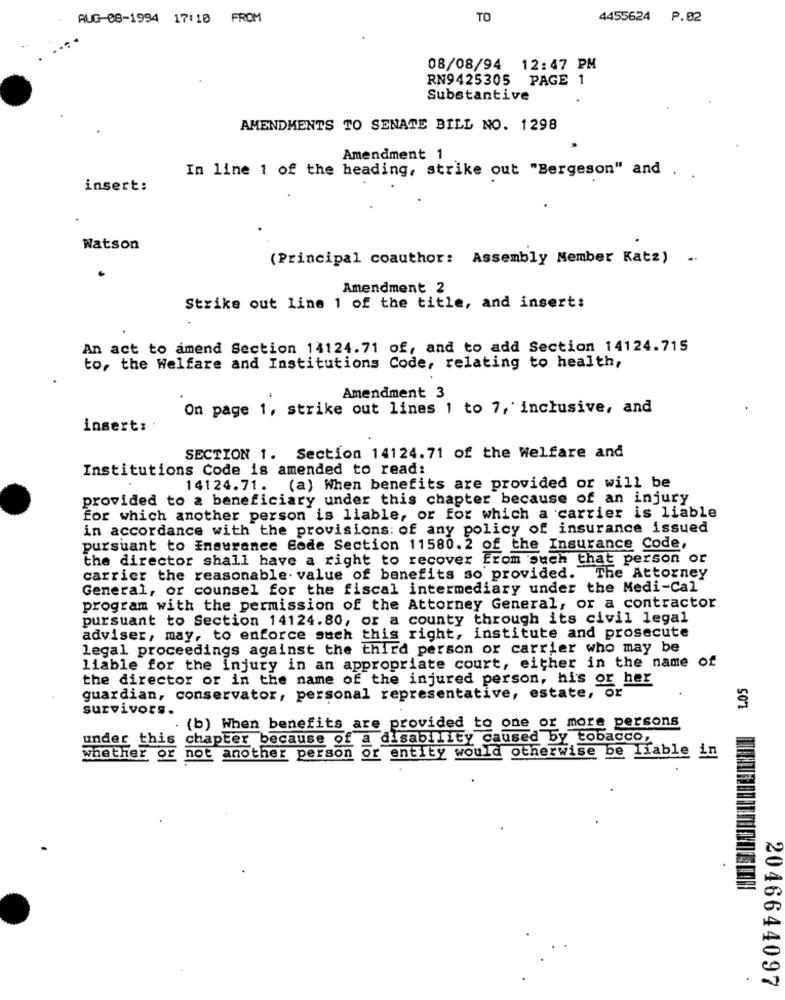
AUG-08-1994 17:10 FROM
TO
4455624 P.02
08/08/94 12:47 PM
RN9425305 PAGE 1
Substantive
AMENDMENTS TO SENATE BILL NO. 1298
Amendment 1
In line 1 of the heading, strike out "Bergeson" and . .
insert:
Watson
(Principal coauthor: Assembly Member Katz) ..
Amendment 2
Strike out line 1 of the title, and insert:
An act to amend Section 14124.71 of, and to add Section 14124.715
to, the Welfare and Institutions Code, relating to health,
Amendment 3
On page 1, strike out lines 1 to 7, inclusive, and
insert:
SECTION 1. Section 14124.71 of the Welfare and
Institutions Code is amended to read:
14124.71. (a) When benefits are provided or will be
provided to a beneficiary under this chapter because of an injury
for which another person is liable, or for which a carrier is liable
in accordance with the provisions: of any policy of insurance issued
pursuant to Insurance Gode Section 11580.2 of the Insurance Code,
the director shall have a right to recover From such that person or
carrier the reasonable. value of benefits so provided. The Attorney
General, or counsel for the fiscal intermediary under the Medi-Cal
program with the permission of the Attorney General, or a contractor
pursuant to Section 14124.80, or a county through its civil legal
adviser, may, to enforce such this right, institute and prosecute
legal proceedings against the third person or carrier who may be
liable for the injury in an appropriate court, either in the name of
the director or in the name of the injured person, his or her
guardian, conservator, personal representative, estate, or
survivors.
(b) When benefits are provided to one or more persons
under this chapter because of a disability caused by tobacco,
whether or not another person or entity would otherwise be liable in
2046644097